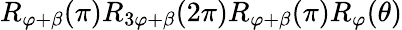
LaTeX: R_{\varphi+\beta}(\pi)R_{3\varphi+\beta}(2\pi)R_{\varphi+\beta}(\pi)R_{\varphi}(\theta)